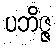
ပဘိဇ္ဇ